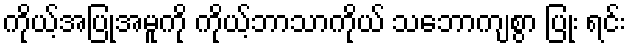
ကိုယ့်အပြုအမူကို ကိုယ့်ဘာသာကိုယ် သဘောကျစွာ ပြုံး ရင်း